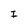
Character: I